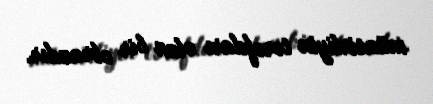
müasirliyin tərəfdarı olan bir obrazdır.